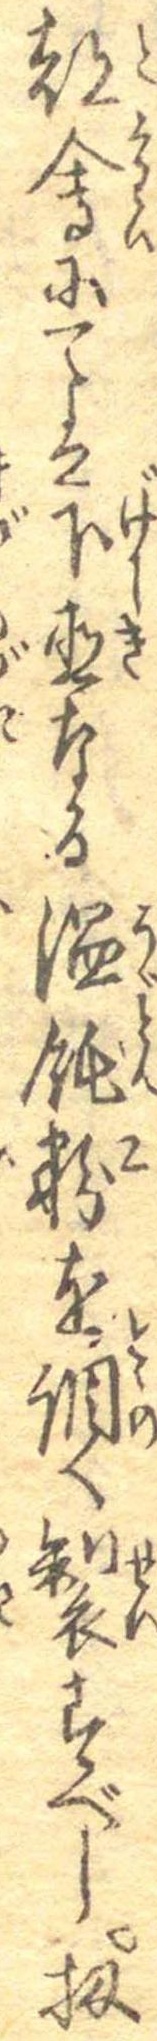
都会にては下直なる温飩粉を調へ製すべし扨